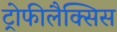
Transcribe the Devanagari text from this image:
ट्रोफीलैक्सिस